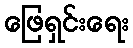
ဖြေရှင်းရေး